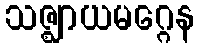
သဇ္ဈာယမဂ္ဂေန